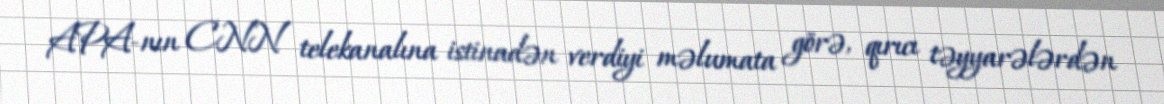
APA-nın CNN telekanalına istinadən verdiyi məlumata görə, qırıcı təyyarələrdən